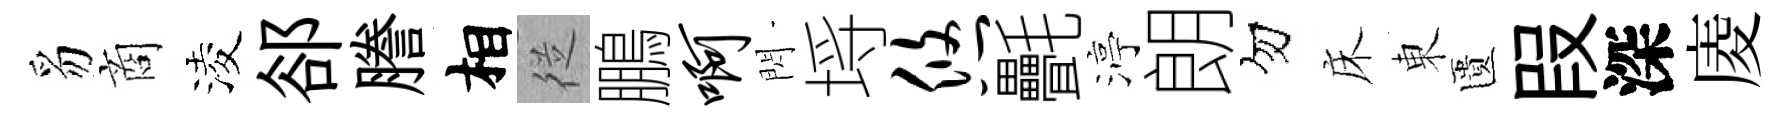
豸商淩郤謄相従鵬啊閃埓悠㲲渟朗勿床東匱叚深庱